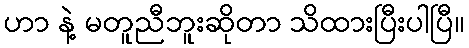
ဟာ နဲ့ မတူညီဘူးဆိုတာ သိထားပြီးပါပြီ။